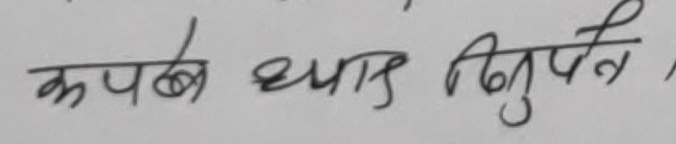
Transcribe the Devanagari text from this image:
कपर्दन थापा बिभुवन ।